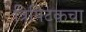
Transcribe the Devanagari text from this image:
त्रिपिटकचा